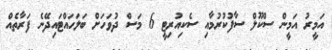
އަމީރު އަމީން ސްކޫލް ސާފުކުރުމާއި ސެކިއުރިޓީ 6 މަސް ދުވަހަށް ބަލަހައްޓައިދޭނެ ފަރާތެއް